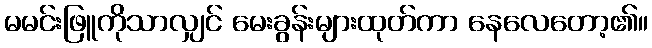
မမင်းဖြူကိုသာလျှင် မေးခွန်းများထုတ်ကာ နေလေတော့၏။